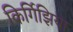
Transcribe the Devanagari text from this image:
किर्गिझिया